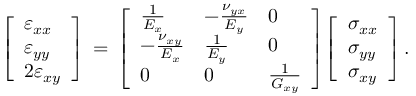
{ \left[ \begin{array} { l } { \varepsilon _ { x x } } \\ { \varepsilon _ { y y } } \\ { 2 \varepsilon _ { x y } } \end{array} \right] } \, = \, { \left[ \begin{array} { l l l } { { \frac { 1 } { E _ { x } } } } & { - { \frac { \nu _ { y x } } { E _ { y } } } } & { 0 } \\ { - { \frac { \nu _ { x y } } { E _ { x } } } } & { { \frac { 1 } { E _ { y } } } } & { 0 } \\ { 0 } & { 0 } & { { \frac { 1 } { G _ { x y } } } } \end{array} \right] } { \left[ \begin{array} { l } { \sigma _ { x x } } \\ { \sigma _ { y y } } \\ { \sigma _ { x y } } \end{array} \right] } \, .